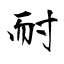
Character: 耐